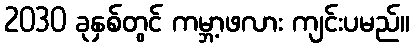
2030 ခုနှစ်တွင် ကမ္ဘာ့ဖလား ကျင်းပမည်။